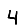
Digit: 4